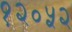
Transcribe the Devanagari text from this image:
१२०५२